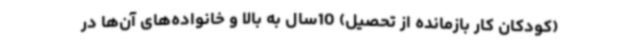
(کودکان کار بازمانده از تحصیل) 10سال به بالا و خانواده‌های آن‌ها در